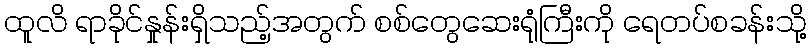
ထူလိ ရာခိုင်နှုန်းရှိသည့်အတွက် စစ်တွေဆေးရုံကြီးကို ရေတပ်စခန်းသို့